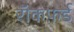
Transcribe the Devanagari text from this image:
रॉकफ़र्ड